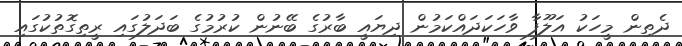
ދެތިން މީހަކު އަލޫފާ ވާހަކަދައްކަމުން ދިޔައީ ބާރުގެ ބޭނުން ކުރުމުގެ ބަދަލުގައި ރީތިގޮތުކުގައި